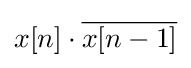
x[n]\cdot {\overline {x[n-1]}}